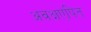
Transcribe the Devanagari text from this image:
अवक्षएपित